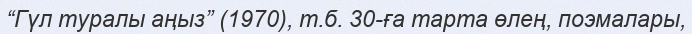
“Гүл туралы аңыз” (1970), т.б. 30-ға тарта өлең, поэмалары,